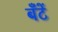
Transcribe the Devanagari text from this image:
बँटें